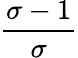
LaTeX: \frac{\sigma-1}{\sigma}